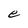
Character: e